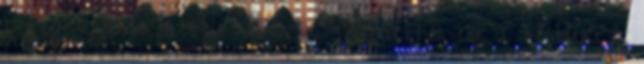
betegek, amikor tele vannak szeméttel, ha a testük, a